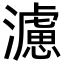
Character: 濾